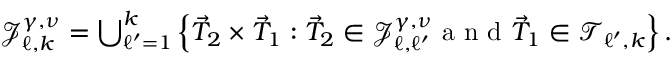
\begin{array} { r } { \mathcal { J } _ { \ell , k } ^ { \gamma , \nu } = \bigcup _ { \ell ^ { \prime } = 1 } ^ { k } \left\{ \vec { T } _ { 2 } \times \vec { T } _ { 1 } : \vec { T } _ { 2 } \in \mathcal { J } _ { \ell , \ell ^ { \prime } } ^ { \gamma , \nu } \textnormal { a n d } \vec { T } _ { 1 } \in \mathcal { T } _ { \ell ^ { \prime } , k } \right\} . } \end{array}